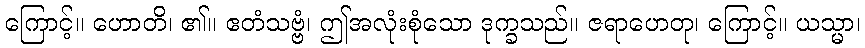
ကြောင့်။ ဟောတိ၊ ၏။ ဧတံသဗ္ဗံ၊ ဤအလုံးစုံသော ဒုက္ခသည်။ ဇရာဟေတု၊ ကြောင့်။ ယသ္မာ၊